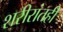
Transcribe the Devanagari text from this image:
शरीरांतही